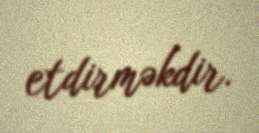
etdirməkdir.